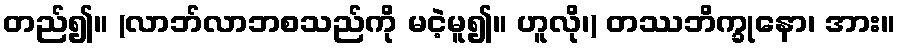
တည်၍။ (လာဘ်လာဘစသည်ကို မငဲ့မူ၍။ ဟူလို၊) တဿဘိက္ခုနော၊ အား။